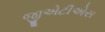
જીએટીએસ